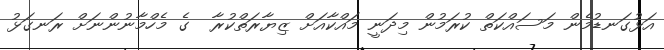
އަޅުގަނޑުމެން މަސައްކަތް ކުރަމުން މިދަނީ މައްކާއަށް ޒިޔާރަތްކުރާ  ގެ މެހްމާނުންނަށް ރަނގަޅު